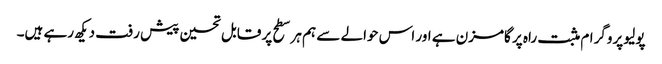
پولیو پروگرام مثبت راہ پر گامزن ہے اور اس حوالے سے ہم ہر سطح پر قابل تحسین پیش رفت دیکھ رہے ہیں۔